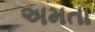
અમતા